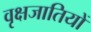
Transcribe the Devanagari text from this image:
वृक्षजातियों